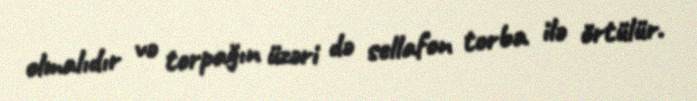
olmalıdır və torpağın üzəri də sellafon torba ilə örtülür.